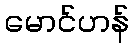
မောင်ဟန်